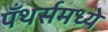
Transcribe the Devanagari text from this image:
पँथर्समध्ये